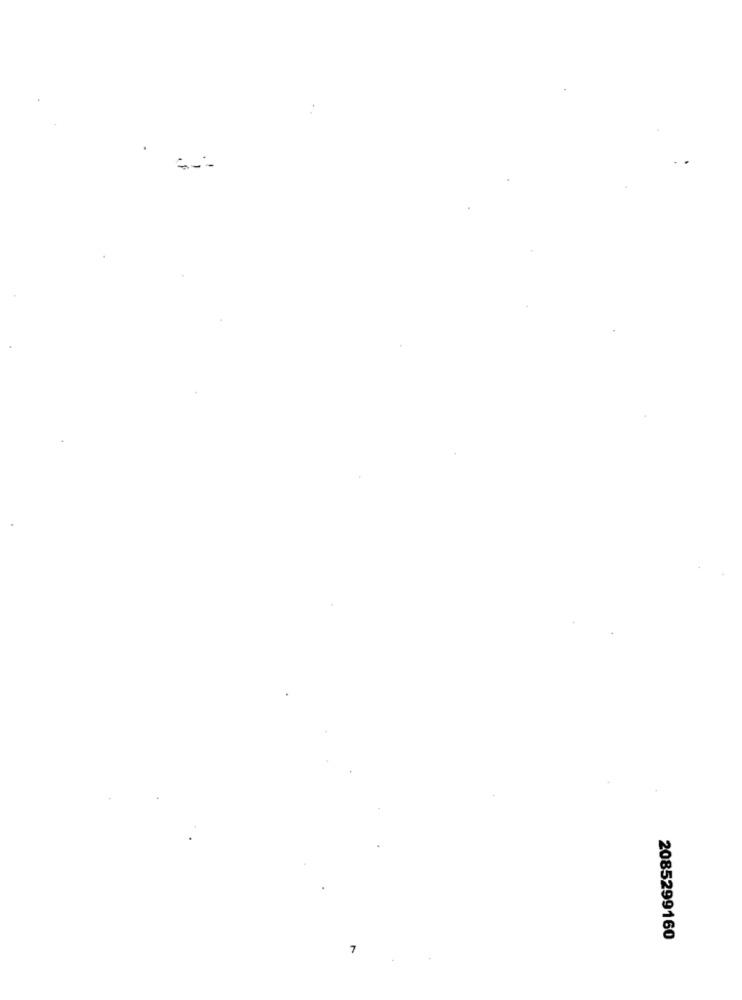
2085299160